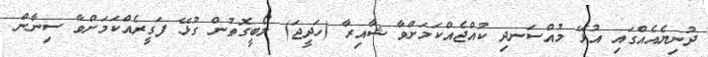
ދުނިޔެއެއްގައި އުޅޭ މުއްސަނދި ކުއްޖެއްކަމަށްވާ ޝާއިރާ (ހަދީޖަ) ލޯބީގޮތުން ގުޅޭ ފަގީރެއްކަމަށްވާ ސިނާން